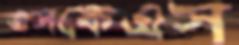
এসকেএস